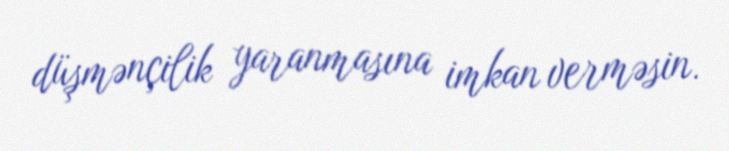
düşmənçilik yaranmasına imkan verməsin.